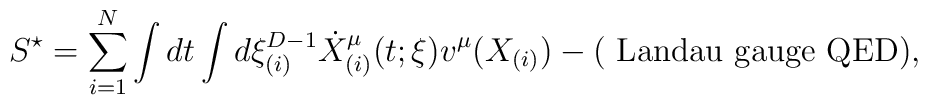
S^{\star} = \sum_{i=1}^{N} \int dt \int d\xi^{D-1}_{(i)} \dot{X}^{\mu}_{(i)} (t; \xi) v^{\mu}(X_{(i)}) - ( \mbox{  Landau gauge QED}) ,